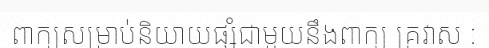
ពាក្យសម្រាប់និយាយផ្សំជាមួយនឹងពាក្យ គ្រវាស :